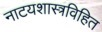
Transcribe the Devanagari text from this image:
नाटयशास्त्रविहित